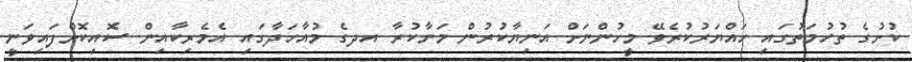
ކުށުގެ ތުހުމަތުގައި ހައްޔަރުކުރެވޭ މީހުންނަށް އަނިޔާކުރުން މަނާކުރާ އދގެ މުއާހަދާގައި އެމެރިކާއިން ސޮއިކޮށްފައިވަނީ